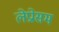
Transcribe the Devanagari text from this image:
लेप्रोसम